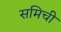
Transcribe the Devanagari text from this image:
समिची